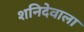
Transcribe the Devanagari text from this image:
शनिदेवाला